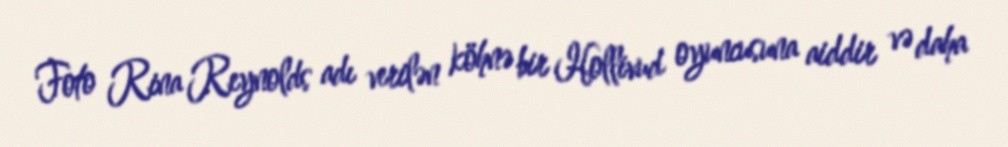
Foto Rina Reynolds adı verilən köhnə bir Hollivud oyuncusuna aiddir və daha